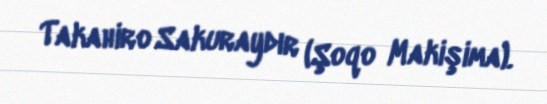
Takahiro Sakuraydır (Şoqo Makişima).